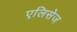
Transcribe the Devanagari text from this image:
एलिसेज